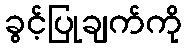
ခွင့်ပြုချက်ကို